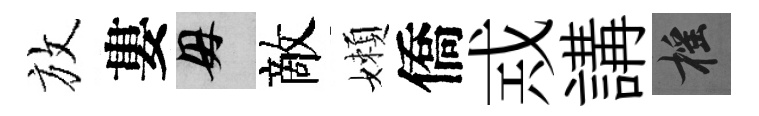
放婁母敵嬾僑𢦶講摇